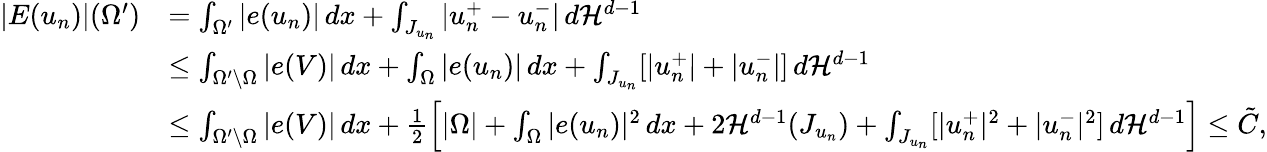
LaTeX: \begin{array}{rl}{|E(u_{n})|(\Omega^{\prime})}&{=\int_{\Omega^{\prime}}|e(u_{n})|\, dx+\int_{J_{u_{n}}}|u_{n}^{+}-u_{n}^{-}|\, d{\mathcal{H}}^{d-1}}\\ &{\leq\int_{\Omega^{\prime}\setminus\Omega}|e(V)|\, dx+\int_{\Omega}|e(u_{n})|\, dx+\int_{J_{u_{n}}}[|u_{n}^{+}|+|u_{n}^{-}|]\, d{\mathcal{H}}^{d-1}}\\ &{\leq\int_{\Omega^{\prime}\setminus\Omega}|e(V)|\, dx+\frac{1}{2}\left[|\Omega|+\int_{\Omega}|e(u_{n})|^{2}\, dx+2{\mathcal{H}}^{d-1}(J_{u_{n}})+\int_{J_{u_{n}}}[|u_{n}^{+}|^{2}+|u_{n}^{-}|^{2}]\, d{\mathcal{H}}^{d-1}\right]\leq\tilde{C},}\end{array}